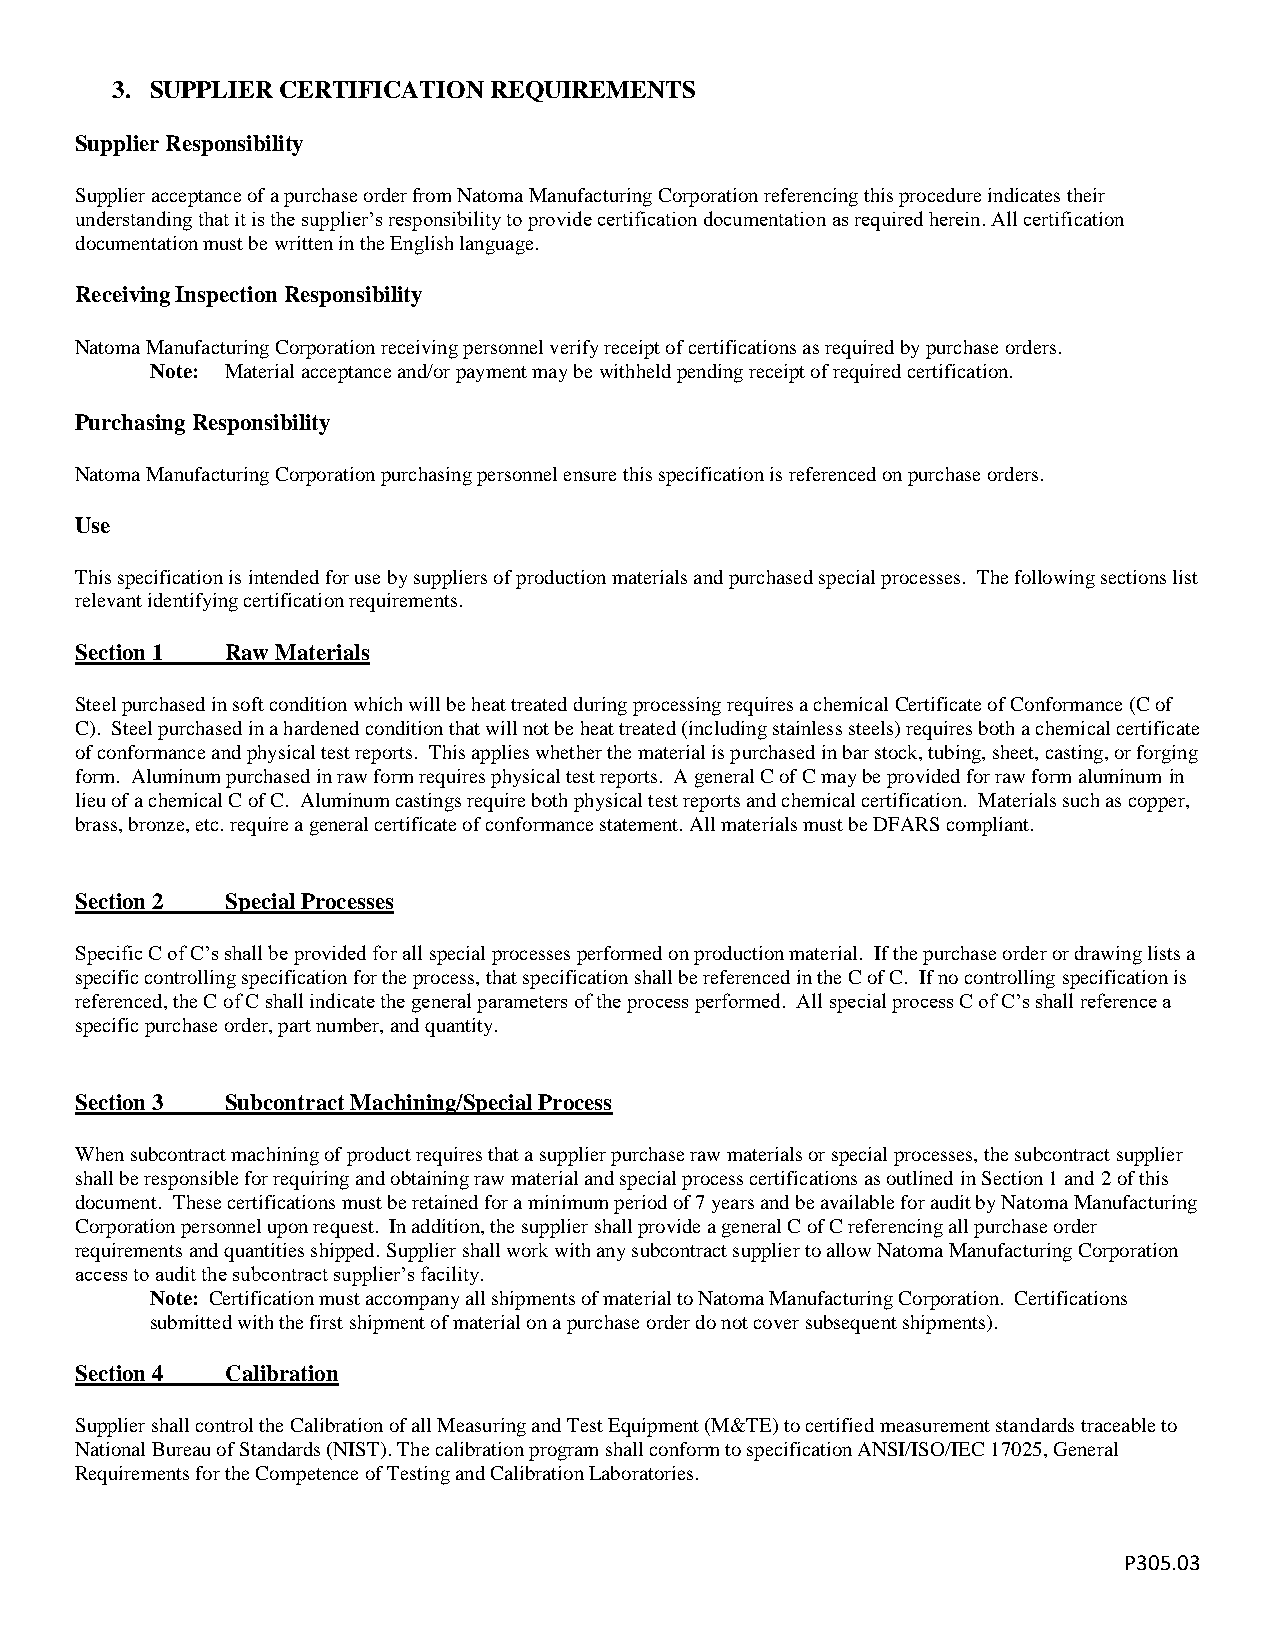
3. SUPPLIER CERTIFICATION REQUIREMENTS
 Supplier Responsibility
 Supplier acceptance of a purchase order from Natoma Manufacturing Corporation referencing this procedure indicates their
 understanding that it is the supplier’s responsibility to provide certification documentation as required herein. All certification
 documentation must be written in the English language.
 Receiving Inspection Responsibility
 Natoma Manufacturing Corporation receiving personnel verify receipt of certifications as required by purchase orders.
 Note: Material acceptance and/or payment may be withheld pending receipt of required certification.
 Purchasing Responsibility
 Natoma Manufacturing Corporation purchasing personnel ensure this specification is referenced on purchase orders.
 Use
 This specification is intended for use by suppliers of production materials and purchased special processes. The following sections list
 relevant identifying certification requirements.
 Section 1 Raw Materials
 Steel purchased in soft condition which will be heat treated during processing requires a chemical Certificate of Conformance (C of
 C). Steel purchased in a hardened condition that will not be heat treated (including stainless steels) requires both a chemical certificate
 of conformance and physical test reports. This applies whether the material is purchased in bar stock, tubing, sheet, casting, or forging
 form. Aluminum purchased in raw form requires physical test reports. A general C of C may be provided for raw form aluminum in
 lieu of a chemical C of C. Aluminum castings require both physical test reports and chemical certification. Materials such as copper,
 brass, bronze, etc. require a general certificate of conformance statement. All materials must be DFARS compliant.
 Section 2 Special Processes
 Specific C of C’s shall be provided for all special processes performed on production material. If the purchase order or drawing lists a
 specific controlling specification for the process, that specification shall be referenced in the C of C. If no controlling specification is
 referenced, the C of C shall indicate the general parameters of the process performed. All special process C of C’s shall reference a
 specific purchase order, part number, and quantity.
 Section 3 Subcontract Machining/Special Process
 When subcontract machining of product requires that a supplier purchase raw materials or special processes, the subcontract supplier
 shall be responsible for requiring and obtaining raw material and special process certifications as outlined in Section 1 and 2 of this
 document. These certifications must be retained for a minimum period of 7 years and be available for audit by Natoma Manufacturing
 Corporation personnel upon request. In addition, the supplier shall provide a general C of C referencing all purchase order
 requirements and quantities shipped. Supplier shall work with any subcontract supplier to allow Natoma Manufacturing Corporation
 access to audit the subcontract supplier’s facility.
 Note: Certification must accompany all shipments of material to Natoma Manufacturing Corporation. Certifications
 submitted with the first shipment of material on a purchase order do not cover subsequent shipments).
 Section 4 Calibration
 Supplier shall control the Calibration of all Measuring and Test Equipment (M&TE) to certified measurement standards traceable to
 National Bureau of Standards (NIST). The calibration program shall conform to specification ANSI/ISO/IEC 17025, General
 Requirements for the Competence of Testing and Calibration Laboratories.
 P305.03